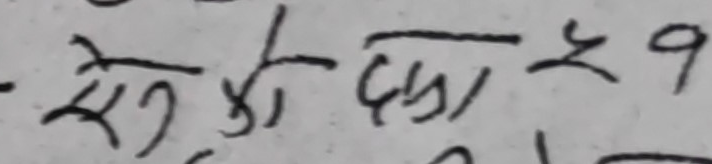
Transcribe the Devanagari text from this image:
से को दुइ ४ १